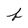
Character: f